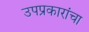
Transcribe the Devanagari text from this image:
उपप्रकारांचा